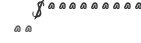
٦٢